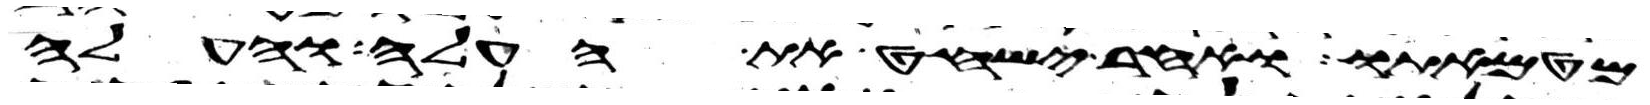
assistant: מטמאתו ואחר ישחט את העלה והעלה